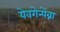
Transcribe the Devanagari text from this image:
येवगेन्येव्ना